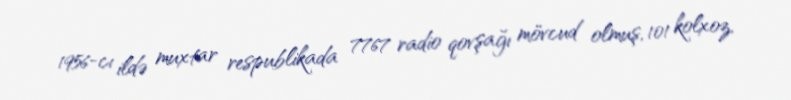
1956-cı ildə muxtar respublikada 7767 radio qovşağı mövcud olmuş, 101 kolxoz,